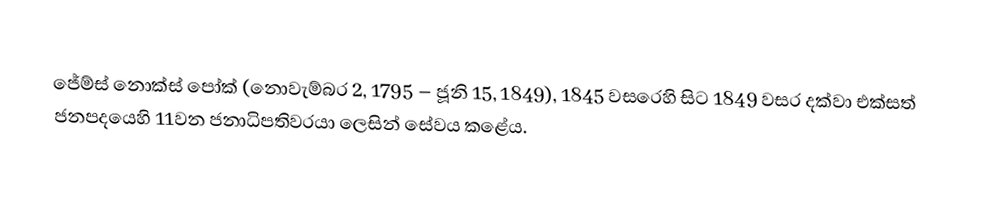
ජේම්ස් නොක්ස් පෝක් (නොවැම්බර 2, 1795 – ජූනි 15, 1849), 1845 වසරෙහි සිට 1849 වසර දක්වා එක්සත් ජනපදයෙහි 11වන ජනාධිපතිවරයා ලෙසින් සේවය කළේය.